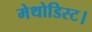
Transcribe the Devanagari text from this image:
मेथोडिस्ट।